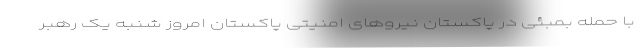
با حمله بمبئی در پاکستان نیروهای امنیتی پاکستان امروز شنبه یک رهبر